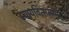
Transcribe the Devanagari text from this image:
न्यायवित्समयः।